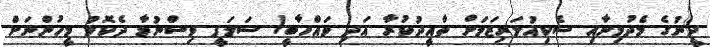
ދީނުގެ މެދުމިނާއި ސެކިއުލަރިޒަމަށް ތާއީދުކުރާ އަދި ވައްހާބީ/ ސަލަފީ ވިސްނުމާ ދެކޮޅު މީހުންނަށް